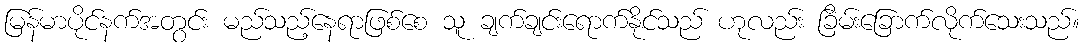
မြန်မာပိုင်နက်အတွင်း မည်သည့်နေရာဖြစ်စေ သူ ချက်ချင်းရောက်နိုင်သည် ဟုလည်း ခြိမ်းခြောက်လိုက်သေးသည်။